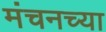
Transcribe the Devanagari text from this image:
मंचनच्या